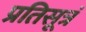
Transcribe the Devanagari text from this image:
प्रतिसूत्रं